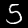
Digit: 5